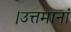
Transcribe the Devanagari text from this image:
।उत्तमानां